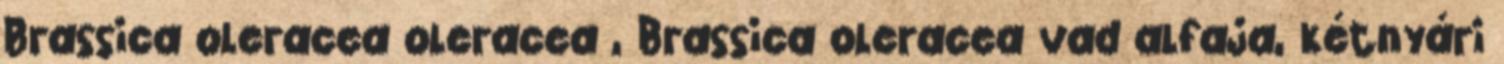
Brassica oleracea oleracea , Brassica oleracea vad alfaja, kétnyári